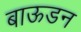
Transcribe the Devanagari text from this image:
बाऊडन